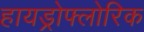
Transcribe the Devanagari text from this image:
हायड्रोफ्लोरिक